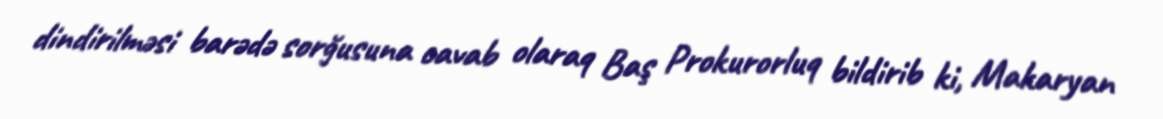
dindirilməsi barədə sorğusuna cavab olaraq Baş Prokurorluq bildirib ki, Makaryan